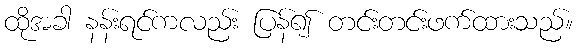
ထိုအခါ နန်းရင်ကလည်း ပြန်၍ တင်းတင်းဖက်ထားသည်။